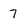
Character: 7